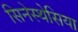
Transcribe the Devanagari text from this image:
सिनेस्थेसिया